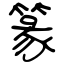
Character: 篆